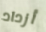
أزداد